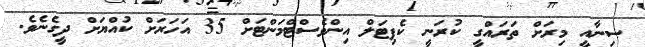
ސިނާއީ މިރަށް ތަރައްގީ ކުރަނީ ކެޕިޓަލް އިންވެސްޓްމަންޓަށް 35 އަހަރަށް ކުއްޔަށް ދީގެނެވެ.